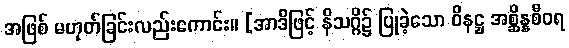
အဖြစ် မဟုတ်ခြင်းလည်းကောင်း။ [အာဒိဖြင့် နိသဂ္ဂိ၌ ပြုခဲ့သော ဝိနဋ္ဌ အစ္ဆိန္နစီဝရ